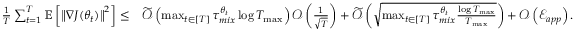
\begin{array} { r l } { \frac { 1 } { T } \sum _ { t = 1 } ^ { T } \mathbb { E } \left[ \left\lVert \nabla J ( \theta _ { t } ) \right\rVert ^ { 2 } \right] \leq } & { \widetilde { \mathcal { O } } \left( \operatorname* { m a x } _ { t \in [ T ] } \tau _ { m i x } ^ { \theta _ { t } } \log T _ { \operatorname* { m a x } } \right) \mathcal { O } \left( \frac { 1 } { \sqrt { T } } \right) + \widetilde { \mathcal { O } } \left( \sqrt { \operatorname* { m a x } _ { t \in [ T ] } \tau _ { m i x } ^ { \theta _ { t } } \frac { \log T _ { \operatorname* { m a x } } } { T _ { \operatorname* { m a x } } } } \right) + \mathcal { O } \left( \mathcal { E } _ { a p p } \right) . } \end{array}